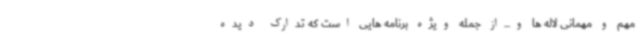
مهم و مهمانی لاله ها و...از جمله ویژه برنامه هایی است که تدارک دیده